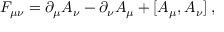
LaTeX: F _ { \mu \nu } = \partial _ { \mu } A _ { \nu } - \partial _ { \nu } A _ { \mu } + [ A _ { \mu } , A _ { \nu } ] \; ,